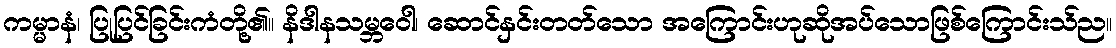
ကမ္မာနံ၊ ပြုပြင်ခြင်းကံတို့၏။ နိဒါနသမ္ဘဝေါ၊ ဆောင်နှင်းတတ်သော အကြောင်းဟုဆိုအပ်သောဖြစ်ကြောင်းသ်ည။